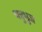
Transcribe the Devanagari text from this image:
चत्रुभुज